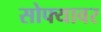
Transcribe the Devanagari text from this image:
सोफ्यावर